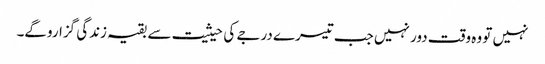
نہیں تو وہ وقت دور نہیں جب تیسرے درجے کی حیثیت سے بقیہ زندگی گزاروگے۔